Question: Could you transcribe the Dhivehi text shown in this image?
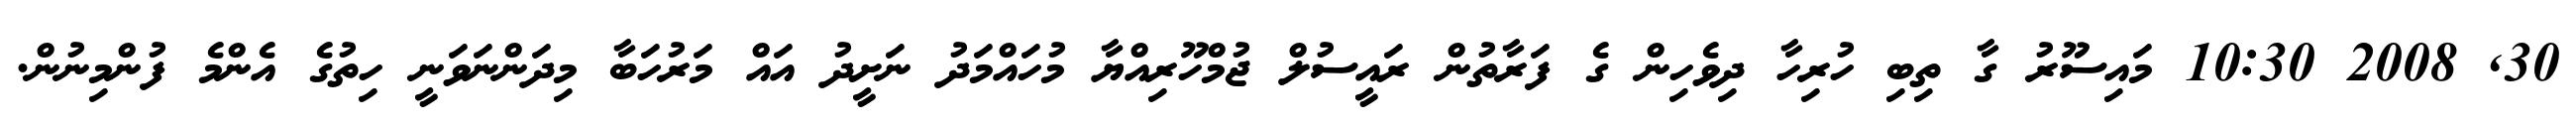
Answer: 30, 2008 10:30 މައިސޫރު ގާ ތިބި ހުރިހާ ދިވެހިން ގެ ފަރާތުން ރައީސުލް ޖުމްހޫރިއްޔާ މުހައްމަދު ނަށީދު އައް މަރުހަބާ މިދަންނަވަނީ ހިތުގެ އެންމެ ފުންމިނުން.